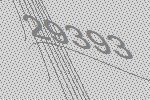
29393